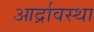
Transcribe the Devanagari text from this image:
आर्द्रावस्था